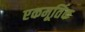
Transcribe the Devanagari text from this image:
एकमूर्तिक